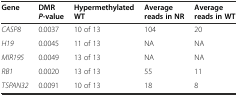
| Gene | DMRP-value | Hypermethylated WT | Average reads in NR | Average reads in WT |
 | --- | --- | --- | --- | --- |
 | CASP8 | 0.0037 | 10 of 13 | 104 | 20 |
 | H19 | 0.0045 | 11 of 13 | NA | NA |
 | MIR195 | 0.0049 | 13 of 13 | NA | NA |
 | RB1 | 0.0020 | 13 of 13 | 55 | 11 |
 | TSPAN32 | 0.0091 | 10 of 13 | 18 | 8 |